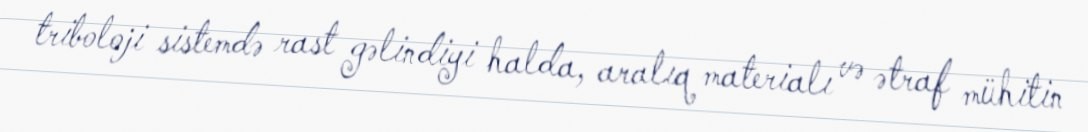
triboloji sistemdə rast gəlindiyi halda, aralıq materialı və ətraf mühitin